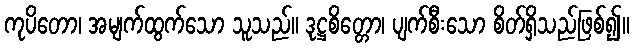
ကုပိတော၊ အမျက်ထွက်သော သူသည်။ ဒုဋ္ဌစိတ္တော၊ ပျက်စီးသော စိတ်ရှိသည်ဖြစ်၍။